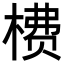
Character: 𬃮